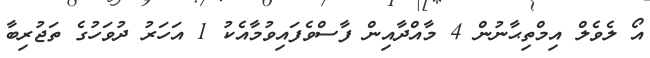
އޯ ލެވެލް އިމްތިޙާނުން 4 މާއްދާއިން ފާސްވެފައިވުމާއެކު 1 އަހަރު ދުވަހުގެ ތަޖުރިބާ